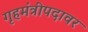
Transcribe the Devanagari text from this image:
गृहमंत्रीपदावर